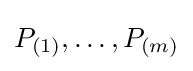
P_{(1)},\ldots ,P_{(m)}